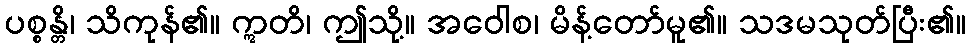
ပစ္စန္တိ၊ သိကုန်၏။ ဣတိ၊ ဤသို့။ အဝေါစ၊ မိန့်တော်မူ၏။ သဒမသုတ်ပြီး၏။